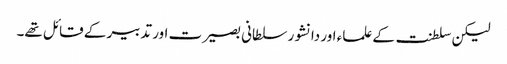
لیکن سلطنت کے علماء اور دانشور سلطانی بصیرت اور تدبیر کے قائل تھے۔